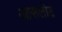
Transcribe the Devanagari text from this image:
आसलोट